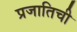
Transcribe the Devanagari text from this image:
प्रजातिची